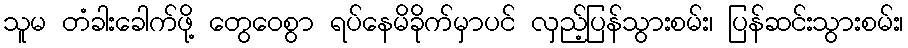
သူမ တံခါးခေါက်ဖို့ တွေဝေစွာ ရပ်နေမိခိုက်မှာပင် လှည့်ပြန်သွားစမ်း၊ ပြန်ဆင်းသွားစမ်း၊